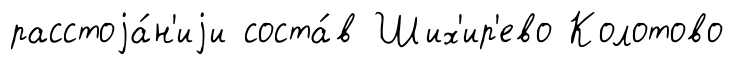
расстоjа́н'иjи соста́в Ших'ир'ево Колотово